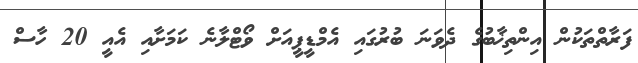
ފަރާތްތަކުން އިންތިޚާބުގެ ދެވަނަ ބުރުގައި އެމްޑީޕީއަށް ވޯޓްލާނެ ކަމަށާއި އެއީ 20 ހާސް